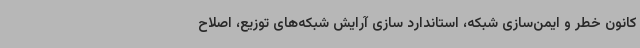
کانون خطر و ایمن‌سازی شبکه، استاندارد سازی آرایش شبکه‌های توزیع، اصلاح